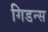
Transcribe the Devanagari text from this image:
गिडन्स